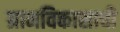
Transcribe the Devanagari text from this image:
ग्रामविकासाची